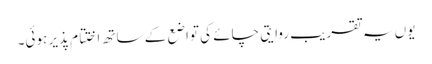
یوں یہ تقریب روایتی چائے کی تواضع کے ساتھ اختتام پذیر ہوئی۔